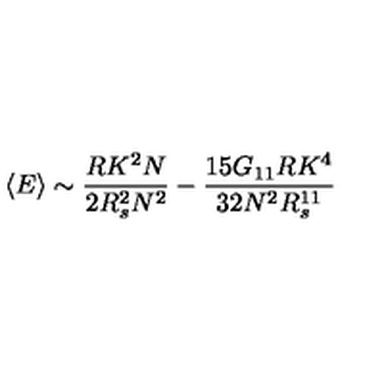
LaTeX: \left< E \right> \sim \frac { R K ^ { 2 } N } { 2 R _ { s } ^ { 2 } N ^ { 2 } } - \frac { 1 5 G _ { 1 1 } R K ^ { 4 } } { 3 2 N ^ { 2 } R _ { s } ^ { 1 1 } }